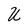
Character: U